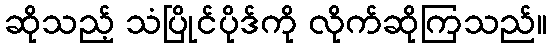
ဆိုသည့် သံပြိုင်ပိုဒ်ကို လိုက်ဆိုကြသည်။